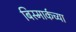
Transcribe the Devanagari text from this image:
बिस्मार्कच्या